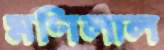
মণিলাল